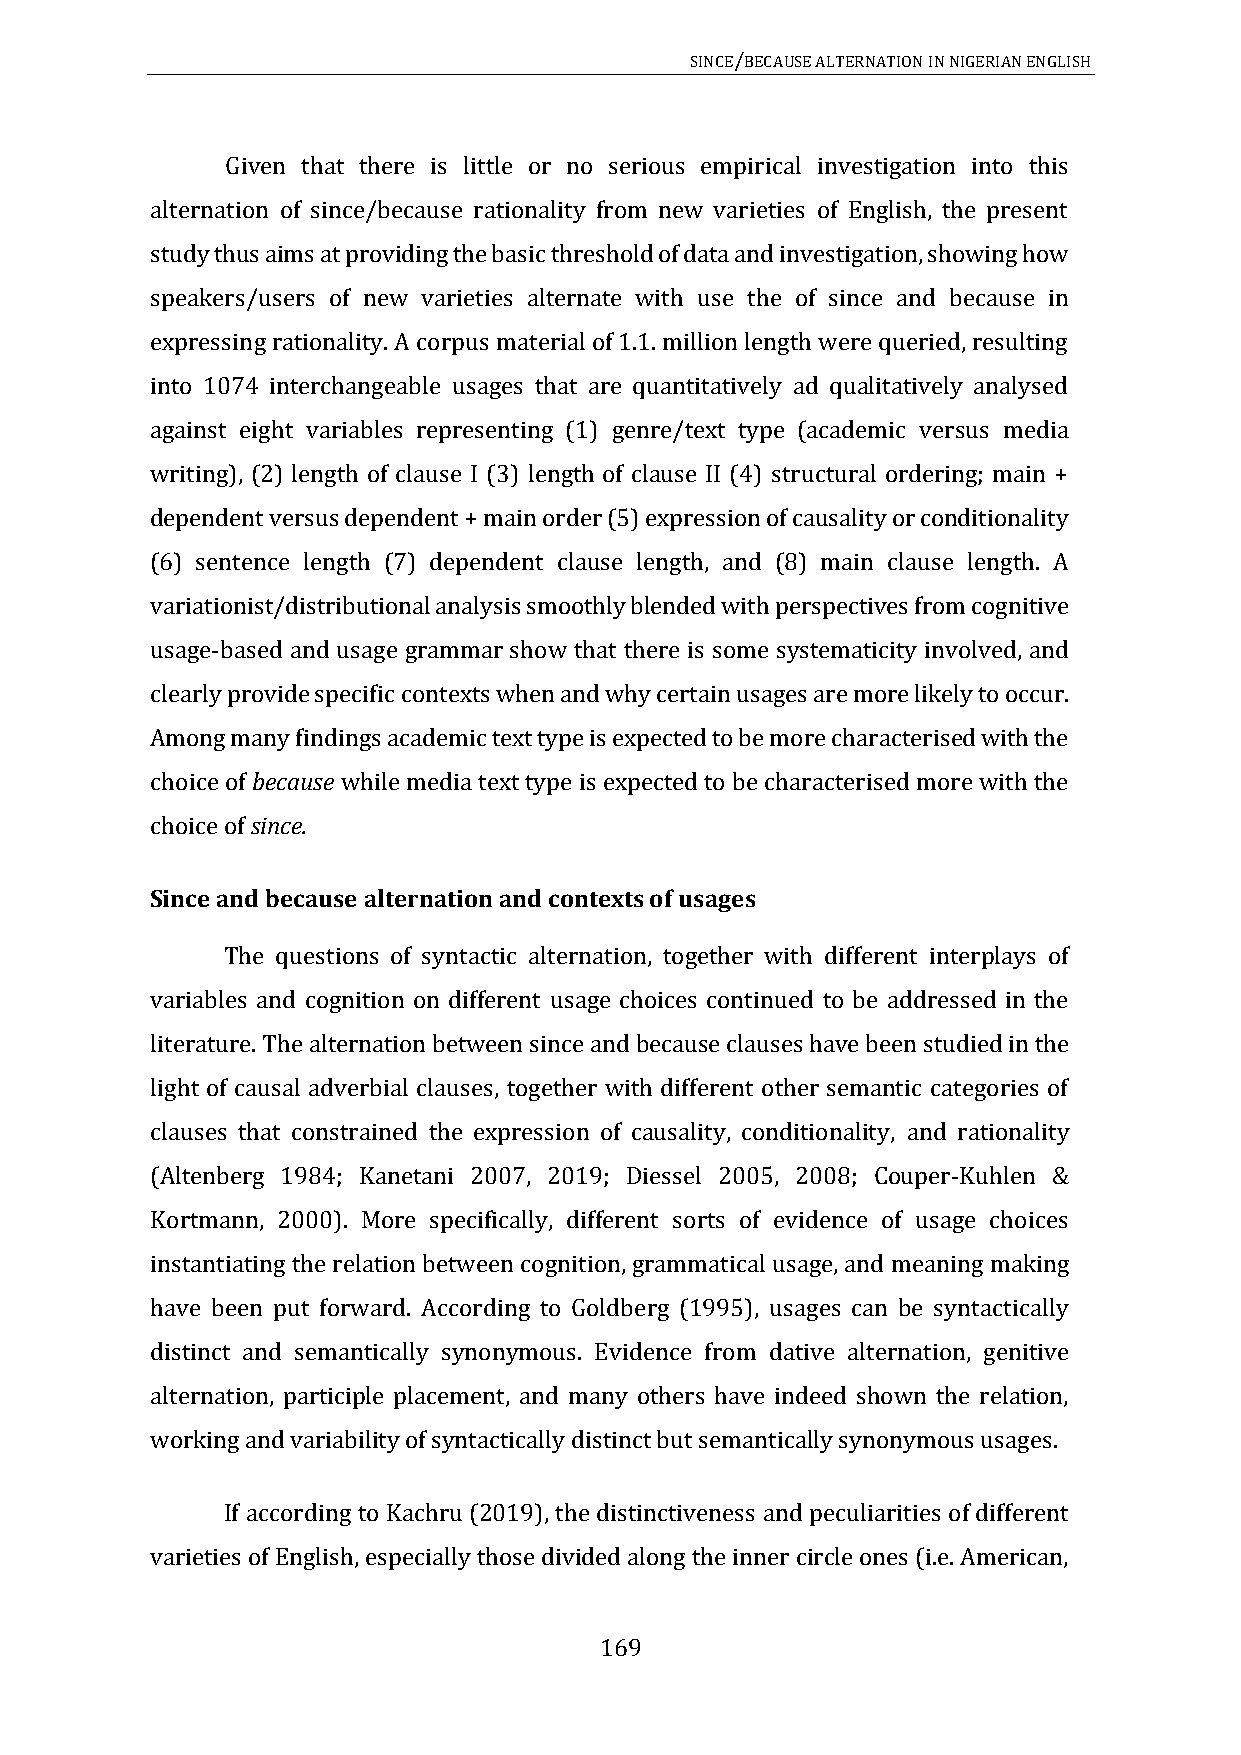
SINCE/BECAUSE ALTERNATION IN NIGERIAN ENGLISH
 Given that there is little or no serious empirical investigation into this
 alternation of since/because rationality from new varieties of English, the present
 study thus aims at providing the basic threshold of data and investigation, showing how
 speakers/users of new varieties alternate with use the of since and because in
 expressing rationality. A corpus material of 1.1. million length were queried, resulting
 into 1074 interchangeable usages that are quantitatively ad qualitatively analysed
 against eight variables representing (1) genre/text type (academic versus media
 writing), (2) length of clause I (3) length of clause II (4) structural ordering; main +
 dependent versus dependent + main order (5) expression of causality or conditionality
 (6) sentence length (7) dependent clause length, and (8) main clause length. A
 variationist/distributional analysis smoothly blended with perspectives from cognitive
 usage-based and usage grammar show that there is some systematicity involved, and
 clearly provide specific contexts when and why certain usages are more likely to occur.
 Among many findings academic text type is expected to be more characterised with the
 choice of because while media text type is expected to be characterised more with the
 choice of since.
 Since and because alternation and contexts of usages
 The questions of syntactic alternation, together with different interplays of
 variables and cognition on different usage choices continued to be addressed in the
 literature. The alternation between since and because clauses have been studied in the
 light of causal adverbial clauses, together with different other semantic categories of
 clauses that constrained the expression of causality, conditionality, and rationality
 (Altenberg 1984; Kanetani 2007, 2019; Diessel 2005, 2008; Couper-Kuhlen &
 Kortmann, 2000). More specifically, different sorts of evidence of usage choices
 instantiating the relation between cognition, grammatical usage, and meaning making
 have been put forward. According to Goldberg (1995), usages can be syntactically
 distinct and semantically synonymous. Evidence from dative alternation, genitive
 alternation, participle placement, and many others have indeed shown the relation,
 working and variability of syntactically distinct but semantically synonymous usages.
 If according to Kachru (2019), the distinctiveness and peculiarities of different
 varieties of English, especially those divided along the inner circle ones (i.e. American,
 169